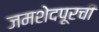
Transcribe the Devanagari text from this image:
जमशेदपूरची